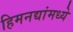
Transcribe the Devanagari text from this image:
हिमनद्यांमध्ये